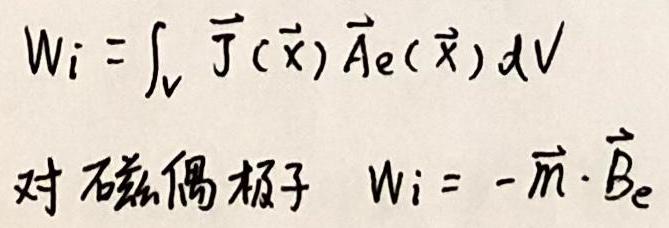
\[
W_i = \int_V \vec{J}(\vec{x}) \vec{A}_e(\vec{x}) dV
\]
对磁偶极子 \(W_i = - \vec{m} \cdot \vec{B}_e\)